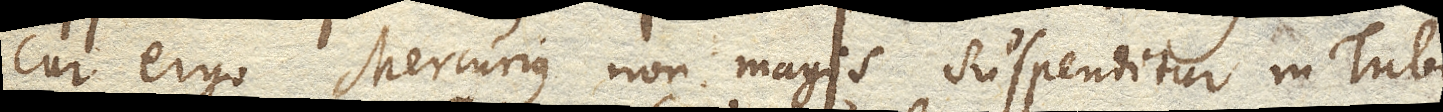
cur ergo Mercurius non magis suspenditur in Tubo